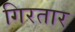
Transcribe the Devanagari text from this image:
गिरतार